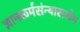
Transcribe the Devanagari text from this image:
ज्ञानकर्मसंन्यासयोग